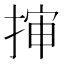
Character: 𭡜